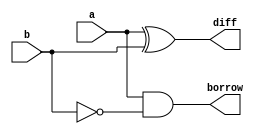
`timescale 1ns/1ps
module half_subtractor_structural (
  input a,    // Input 'a'
  input b,    // Input 'b'
  output diff,   // Output 'diff' (Difference)
  output borrow // Output 'borrow'
);

  xor gate_xor (diff, a, b);  // XOR gate for difference
  and gate_and (borrow, a, ~b);  // AND gate for borrow

endmodule